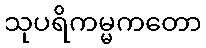
သုပရိကမ္မကတော